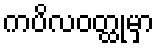
ကပိလဝတ္ထုမှာ